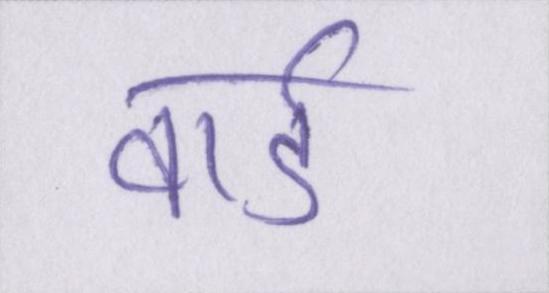
वार्ड